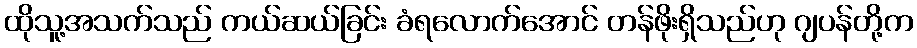
ထိုသူ့အသက်သည် ကယ်ဆယ်ခြင်း ခံရလောက်အောင် တန်ဖိုးရှိသည်ဟု ဂျပန်တို့က